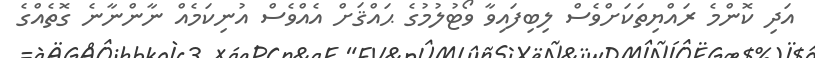
އަދި ކޮންމެ ރައްޔިތަކަށްވެސް ލިބިފައިވާ ވޯޓުލުމުގެ ޙައްޤަށް އެއްވެސް އުނިކަމެއް ނާންނާނެ ގޮތެއްގެ